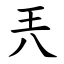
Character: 兲